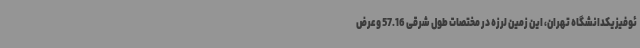
ئوفیزیکدانشگاه تهران، این زمین لرزه در مختصات طول شرقی 57.16 وعرض